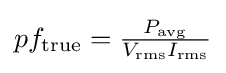
{\textstyle pf_{\mathrm {true} }={\frac {P_{\mathrm {avg} }}{V_{\mathrm {rms} }I_{\mathrm {rms} }}}}